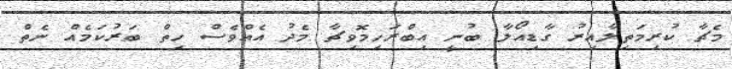
މެޗާ ކުރިމަތިލާއިރު ގާޑިއޯލާ ބުނީ އިބްރަހިމޮވިޗާ މެދު އެއްވެސް ހިތް ބަރުކަމެއް ނެތް